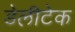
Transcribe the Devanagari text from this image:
डेलीटेक